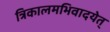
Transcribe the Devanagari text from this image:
त्रिकालमभिवादयेत्